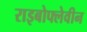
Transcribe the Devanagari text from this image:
राइबोफ्लेवीन